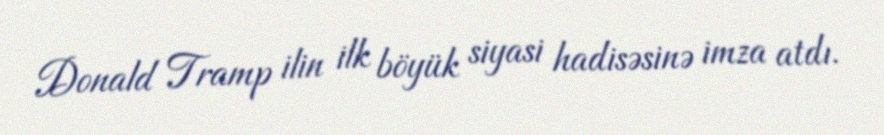
Donald Tramp ilin ilk böyük siyasi hadisəsinə imza atdı.